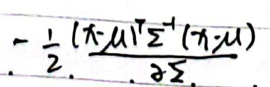
\(- \frac{1}{2} \frac{( x - \mu ) ^ { T } \Sigma ^ { - 1 } ( x - \mu )}{\sigma ^ { 2 }}\)